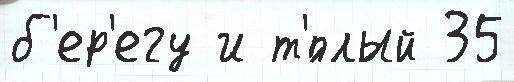
б'ер'егу и т'́плый 35